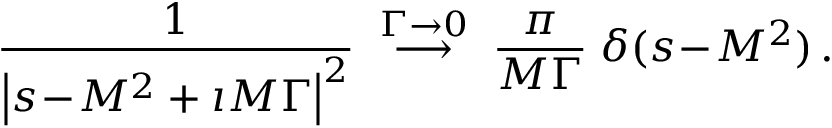
\frac { 1 } { \left| s \! - \! M ^ { 2 } + \i M \Gamma \right| ^ { 2 } } \; \stackrel { \Gamma \to 0 } { \longrightarrow } \; \frac { \pi } { M \Gamma } \; \delta ( s \! - \! M ^ { 2 } ) \, .